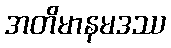
အတိမာနမဒဿ